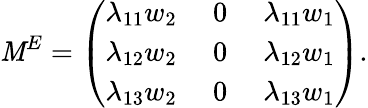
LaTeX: \mathit{M}^{E}=\left(\begin{array}{ccc}{{\lambda_{11}w_{2}\; }}&{{0\; }}&{{\lambda_{11}w_{1}}}\\ {{\lambda_{12}w_{2}\; }}&{{0\; }}&{{\lambda_{12}w_{1}}}\\ {{\lambda_{13}w_{2}\; }}&{{0\; }}&{{\lambda_{13}w_{1}}}\end{array}\right).